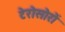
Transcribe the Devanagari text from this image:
टेरोसोरों